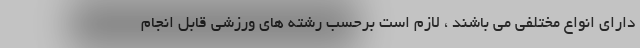
دارای انواع مختلفی می باشند ، لازم است برحسب رشته های ورزشی قابل انجام